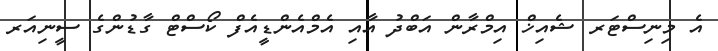
އެ މިނިސްޓަރ ޝެއިޚް އިމްރާން އަބްދު އާއި އެމްއެންޑީއެފް ކޯސްޓް ގާޑުންގެ ސީނިއަރ